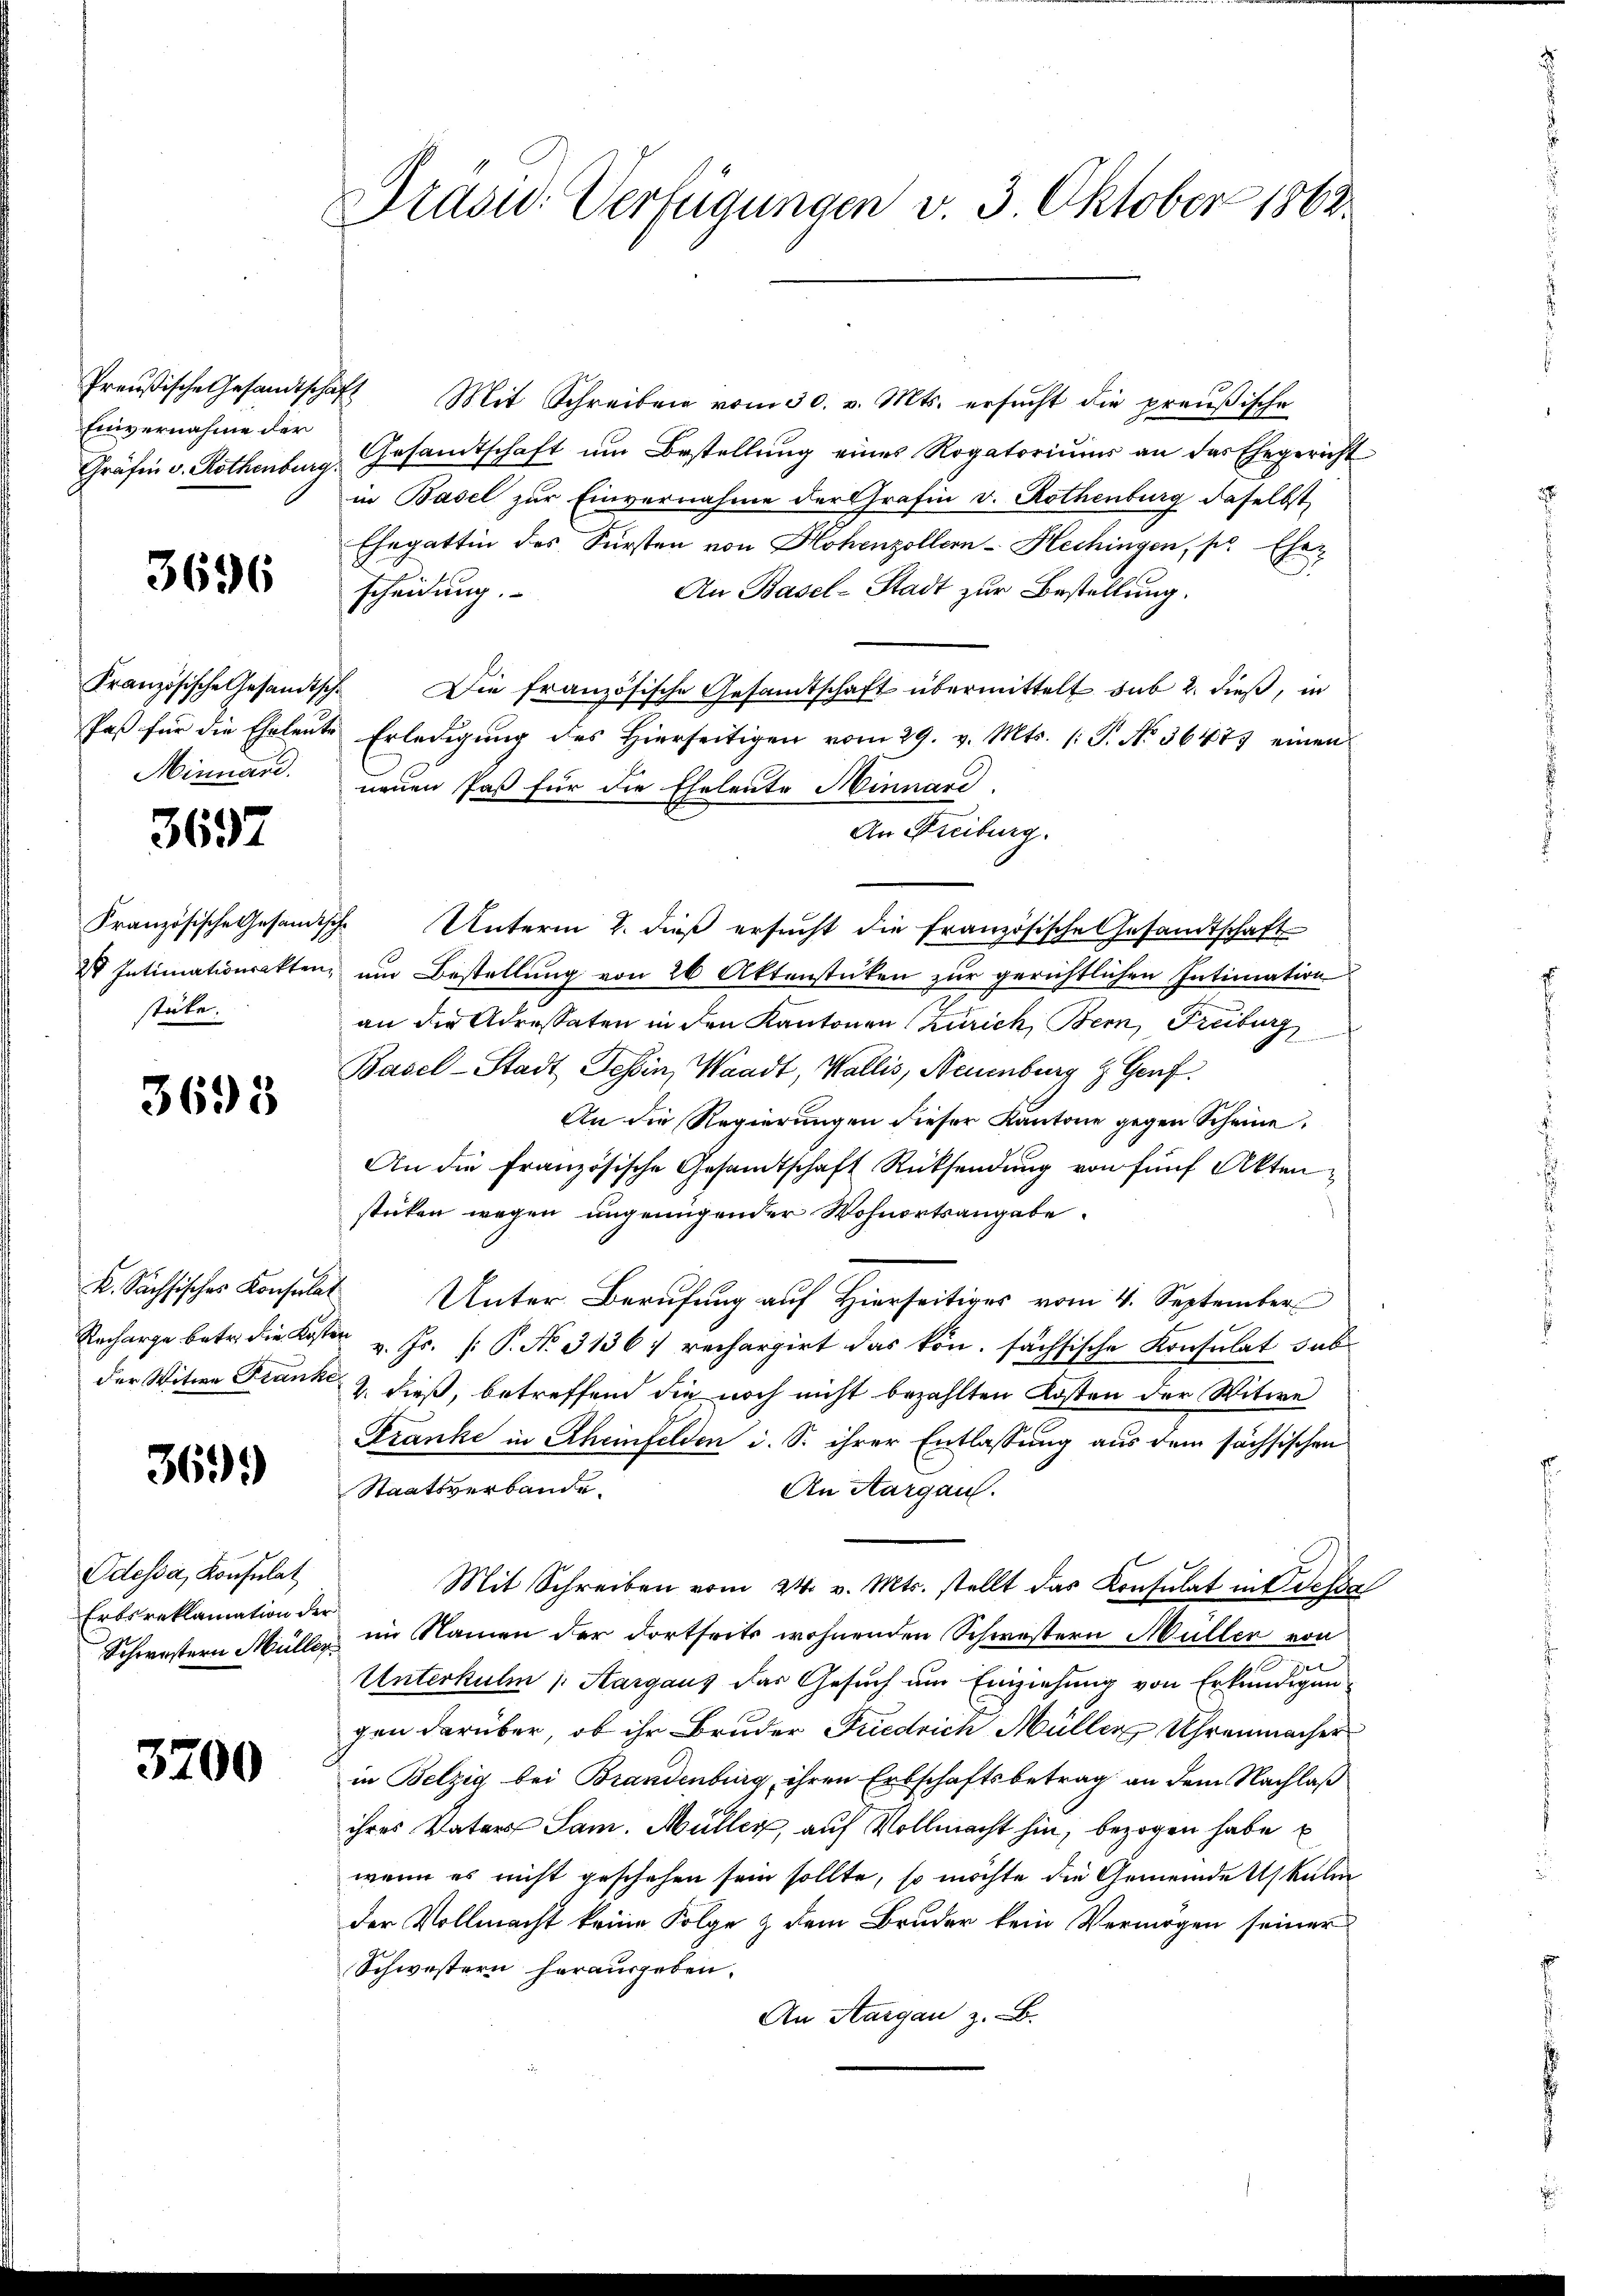
Einvernahme der

3696

Französische Gesandtsch
Paß für die Eheleut
Minnard.

3697

Französische Gesandtsche
stüke.

3695

K. Sächsisches Konsulat

369.

Odessa, Konsulat
Erbsreklamation der
Schwestern Müller

3700

Präsid. Verfügungen v. 3. Oktober 1862.

Preußische Gesandtschaft Mit Schreiben vom 30. v. Mts. ersŭcht die preußische
Gräfin v. Rothenburg, Gesandtschaft ŭm Bestellŭng eines Rogatoriŭms an das Ehegericht
in Basel zur Einvernahme der Grafin v. Rothenburg daselbst
Ehegattin des Fürsten von Hohenzoller-Hechingen, pr Ehen
An Basel-Stadt zur Bestellung.
scheidung.
 Die französische Gesandtschaft übermittelt sub 2. dieß, in
te Erledigŭng des hierseitigen vom 29. v. Mts. (T. No. 36477 einen
neuen Paß für die Eheleute Minnare.
An Freiburg.
Unterm 2. dieß ersucht die französische Gesandtschaft
2 Intimationsakten, um Bestellung von 26 Aktenstücken zur gerichtlichen Intimation
an die Adressaten in den Kantonen Zürich, Bern, Freiburg
Basel-Stadt Tessin, Waadt, Wallis, Neuenburg z. Genf
An die Regierungen dieser Kantone gegen Scheine
An die Französische Gesandtschaft Rücksendung von fünf Akten
stücken wegen ungenügender Wohnortsangabe.
Unter Berufung auf Hierseitiges vom 4. September
Racharge betr. die Koster u. Fr. (: P. Nr. 3136: rechargirt das kön. sächsische Konsulat sub
der Witwe Franke & dieß, betreffend die noch nicht bezahlten Kosten der Witwe
Franke in Rheinfelden d. S. ihrer Entlassung aus dem sächsischen
Staatsverbande.
An Aargau.
Mit Schreiben vom 24. v. Mts. stellt das Konsulat in dessa
im Namen der dortseits wohnenden Schwestern Müller von
Unterkulm (Aargaus das Gesuch um Einziehung von Erkundigungen darüber, ob ihr Bruder Friedrich Müller Uhrenmacher
in Belzig bei Brandenburg, ihren Erbschaftsbetrag an dem Nachlaß
ihres Vaters Sam. Müller, auf Vollmacht hin, bezogen habe E
wenn es nicht geschehen sein sollte, so möchte die Gemeindetskalen
der Vollmacht keine Folge & dem Bruder kein Vermögen seiner
Schwestern herausgeben.
An Aargau z. B.